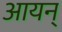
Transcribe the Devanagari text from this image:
आयन्